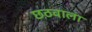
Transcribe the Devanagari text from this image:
छठवाला